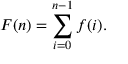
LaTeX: F ( n ) = \sum _ { i = 0 } ^ { n - 1 } f ( i ) .